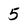
Character: 5